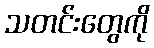
သတင်းတွေကို